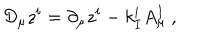
\mathcal { D } _ { \mu } z ^ { i } = \partial _ { \mu } z ^ { i } - k _ { I } ^ { i } A _ { \mu } ^ { I } \ ,